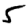
Digit: 5